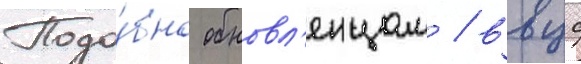
Подо́бно обновл'енцам / ввцс